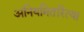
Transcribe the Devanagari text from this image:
अनियमितरित्या